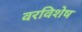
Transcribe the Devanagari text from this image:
वरविशेष